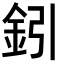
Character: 鈏